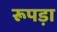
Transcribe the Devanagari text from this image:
रूपड़ा